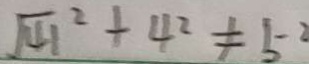
\sqrt { 4 1 } ^ { 2 } + 4 ^ { 2 } \neq 5 ^ { 2 }